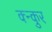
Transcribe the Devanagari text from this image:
क्न्कुर